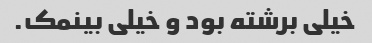
خیلی برشته بود و خیلی بینمک.